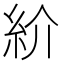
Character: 紒